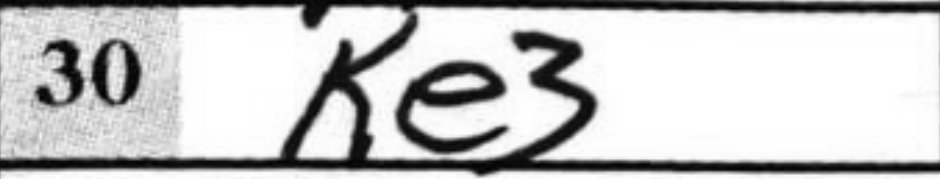
Transcription: Ke3